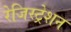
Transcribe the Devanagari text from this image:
रेजिस्ट्रेशन